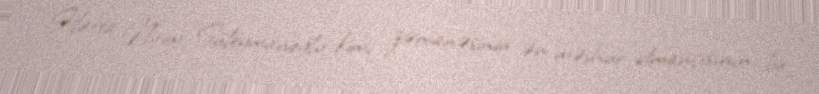
Hətta Naim Süleymanoğlu kimi zəmanəsinin ən məşhur idmançısının, bir